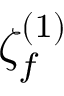
\zeta _ { f } ^ { ( 1 ) }